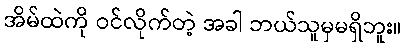
အိမ်ထဲကို ဝင်လိုက်တဲ့ အခါ ဘယ်သူမှမရှိဘူး။